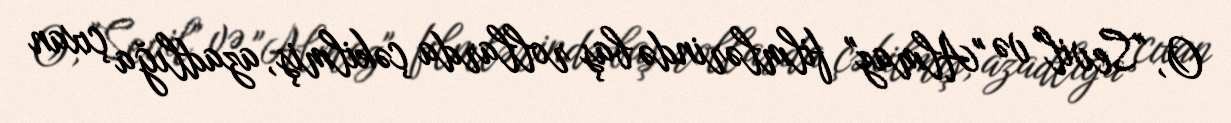
O, "Sevil" və "Almaz" filmlərində baş rollarda çəkilmiş, azadlığa çıxan